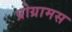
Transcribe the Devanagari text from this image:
प्रोग्रामस